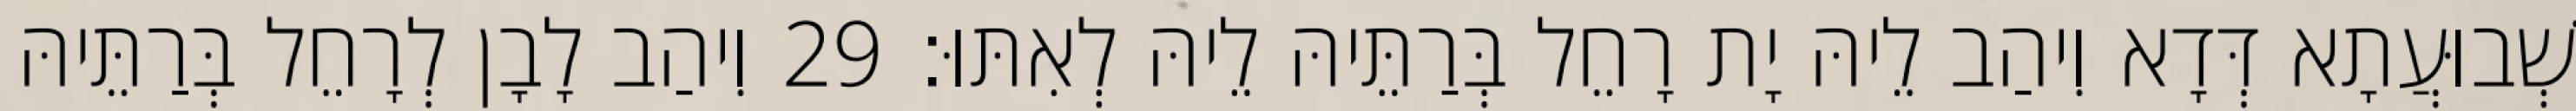
שְׁבוּעֲתָא דְּדָא וִיהַב לֵיהּ יָת רָחֵל בְּרַתֵּיהּ לֵיהּ לְאִתּוּ׃ 29 וִיהַב לָבָן לְרָחֵל בְּרַתֵּיהּ